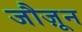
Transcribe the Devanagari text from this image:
जौज़ून